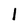
Character: l